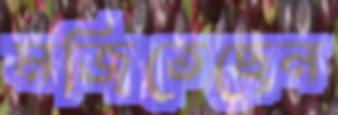
মজিতেছেন